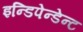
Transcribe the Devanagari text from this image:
इन्डिपेन्डेन्ट